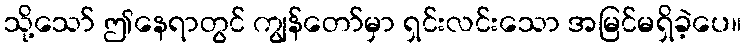
သို့သော် ဤနေရာတွင် ကျွန်တော်မှာ ရှင်းလင်းသော အမြင်မရှိခဲ့ပေ။